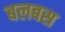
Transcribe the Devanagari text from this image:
बलबस